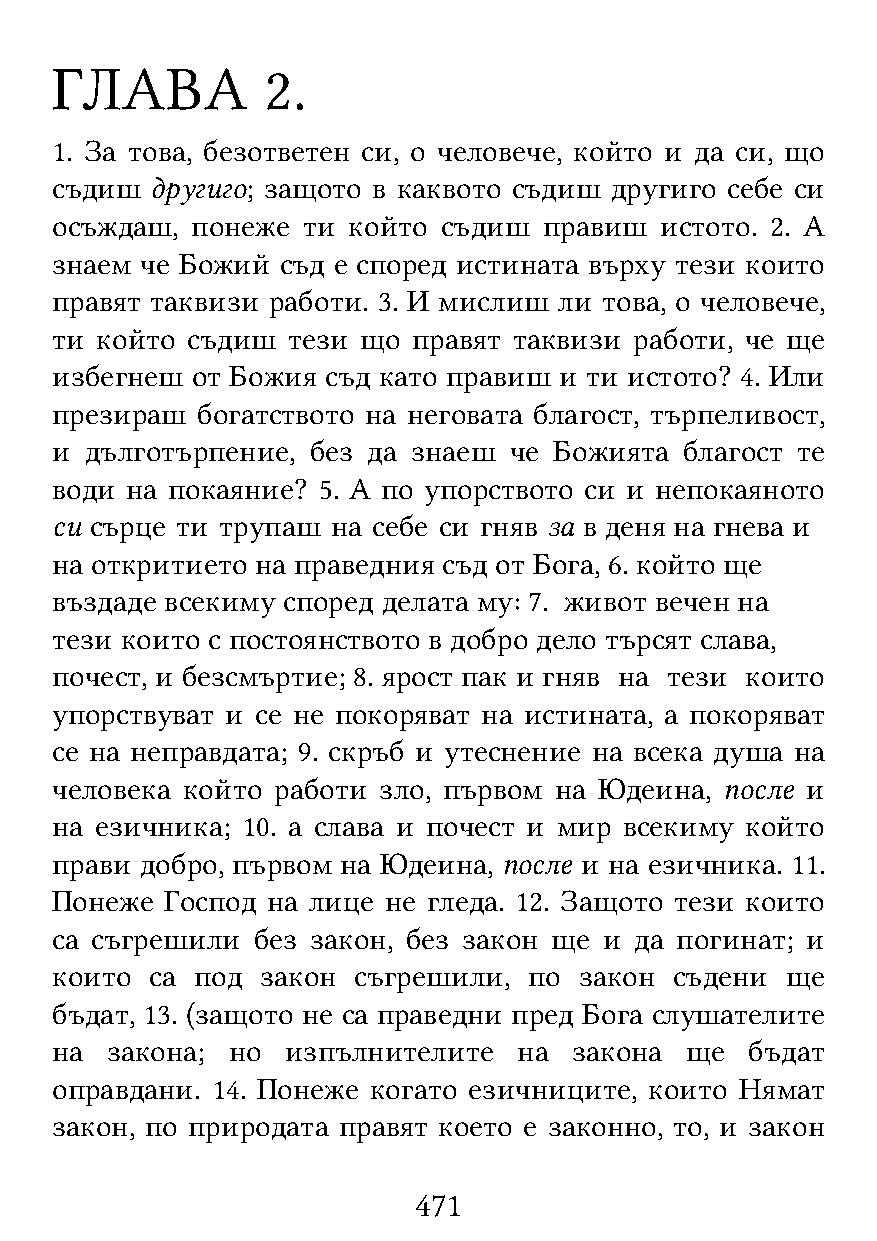
ГЛАВА          2.
 1. За това, безответен си, о человече, който и да си, що
 съдиш  другиго; защото в каквото съдиш другиго себе си
 осъждаш,  понеже ти който съдиш  правиш  истото. 2. А
 знаем че Божий  съд е според истината върху тези които
 правят таквизи работи. 3. И мислиш ли това, о человече,
 ти който съдиш  тези що правят таквизи работи, че ще
 избегнеш  от Божия съд като правиш и ти истото? 4. Или
 презираш  богатството на неговата благост, търпеливост,
 и  дълготърпение, без да знаеш че Божията благост те
 води на покаяние? 5. А по упорството си и непокаяното
 си сърце ти трупаш на себе си гняв за в деня на гнева и
 на откритието на праведния съд от Бога, 6. който ще
 въздаде всекиму според делата му: 7. живот вечен на
 тези които с постоянството в добро дело търсят слава,
 почест, и безсмъртие; 8. ярост пак и гняв на тези които
 упорствуват и се не покоряват на истината, а покоряват
 се на неправдата; 9. скръб и утеснение на всека душа на
 человека който работи зло, първом на Юдеина, после и
 на езичника; 10. а слава и почест и мир всекиму който
 прави добро, първом на Юдеина, после и на езичника. 11.
 Понеже  Господ на лице не гледа. 12. Защото тези които
 са съгрешили  без закон, без закон ще и да погинат; и
 които  са под закон съгрешили,  по закон  съдени ще
 бъдат, 13. (защото не са праведни пред Бога слушателите
 на  закона; но  изпълнителите  на  закона ще   бъдат
 оправдани. 14. Понеже когато езичниците, които Нямат
 закон, по природата правят което е законно, то, и закон
 471